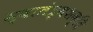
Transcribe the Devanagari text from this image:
स्वातंत्र्यशक्ति